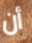
أن